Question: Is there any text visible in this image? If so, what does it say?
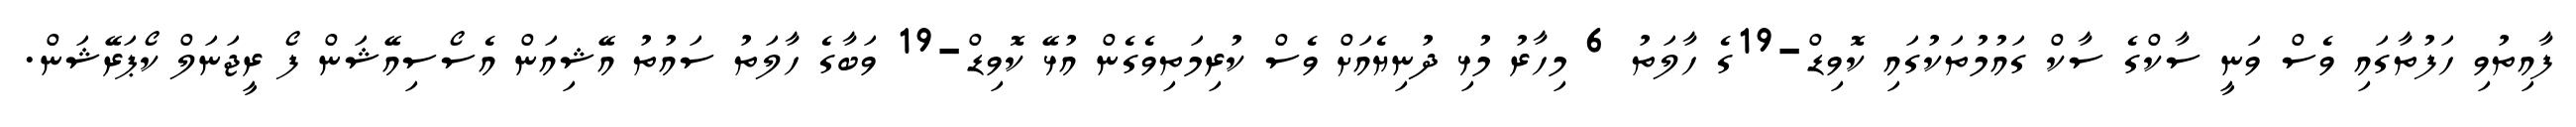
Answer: ފާއިތުވި ހަފުތާގައި ވެސް ވަނީ ސާކްގެ ސާކް ގައުމުތަކުގައި ކޮވިޑް-19ގެ ހާލަތު 6 މިހާރު މުޅި ދުނިޔެއަށް ވެސް ކުރިމަތިވެގެން އުޅޭ ކޮވިޑް-19 ވަބާގެ ހާލަތު ސައުތު އޭޝިއަން އެސޯސިއޭޝަން ފޯ ރީޖަނަލް ކޯޕަރޭޝަން.